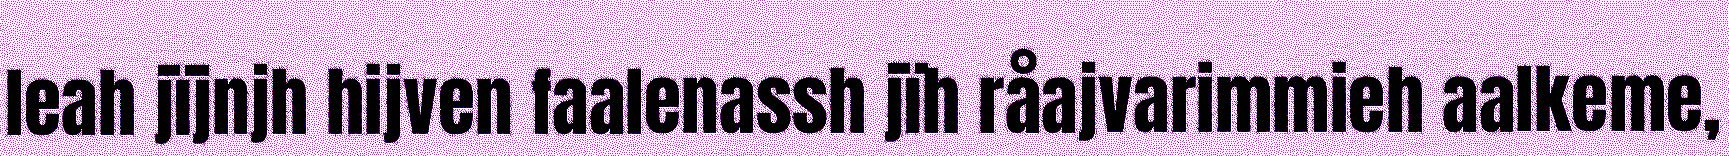
leah jïjnjh hijven faalenassh jïh råajvarimmieh aalkeme,